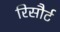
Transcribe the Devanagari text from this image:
रिसौर्ट